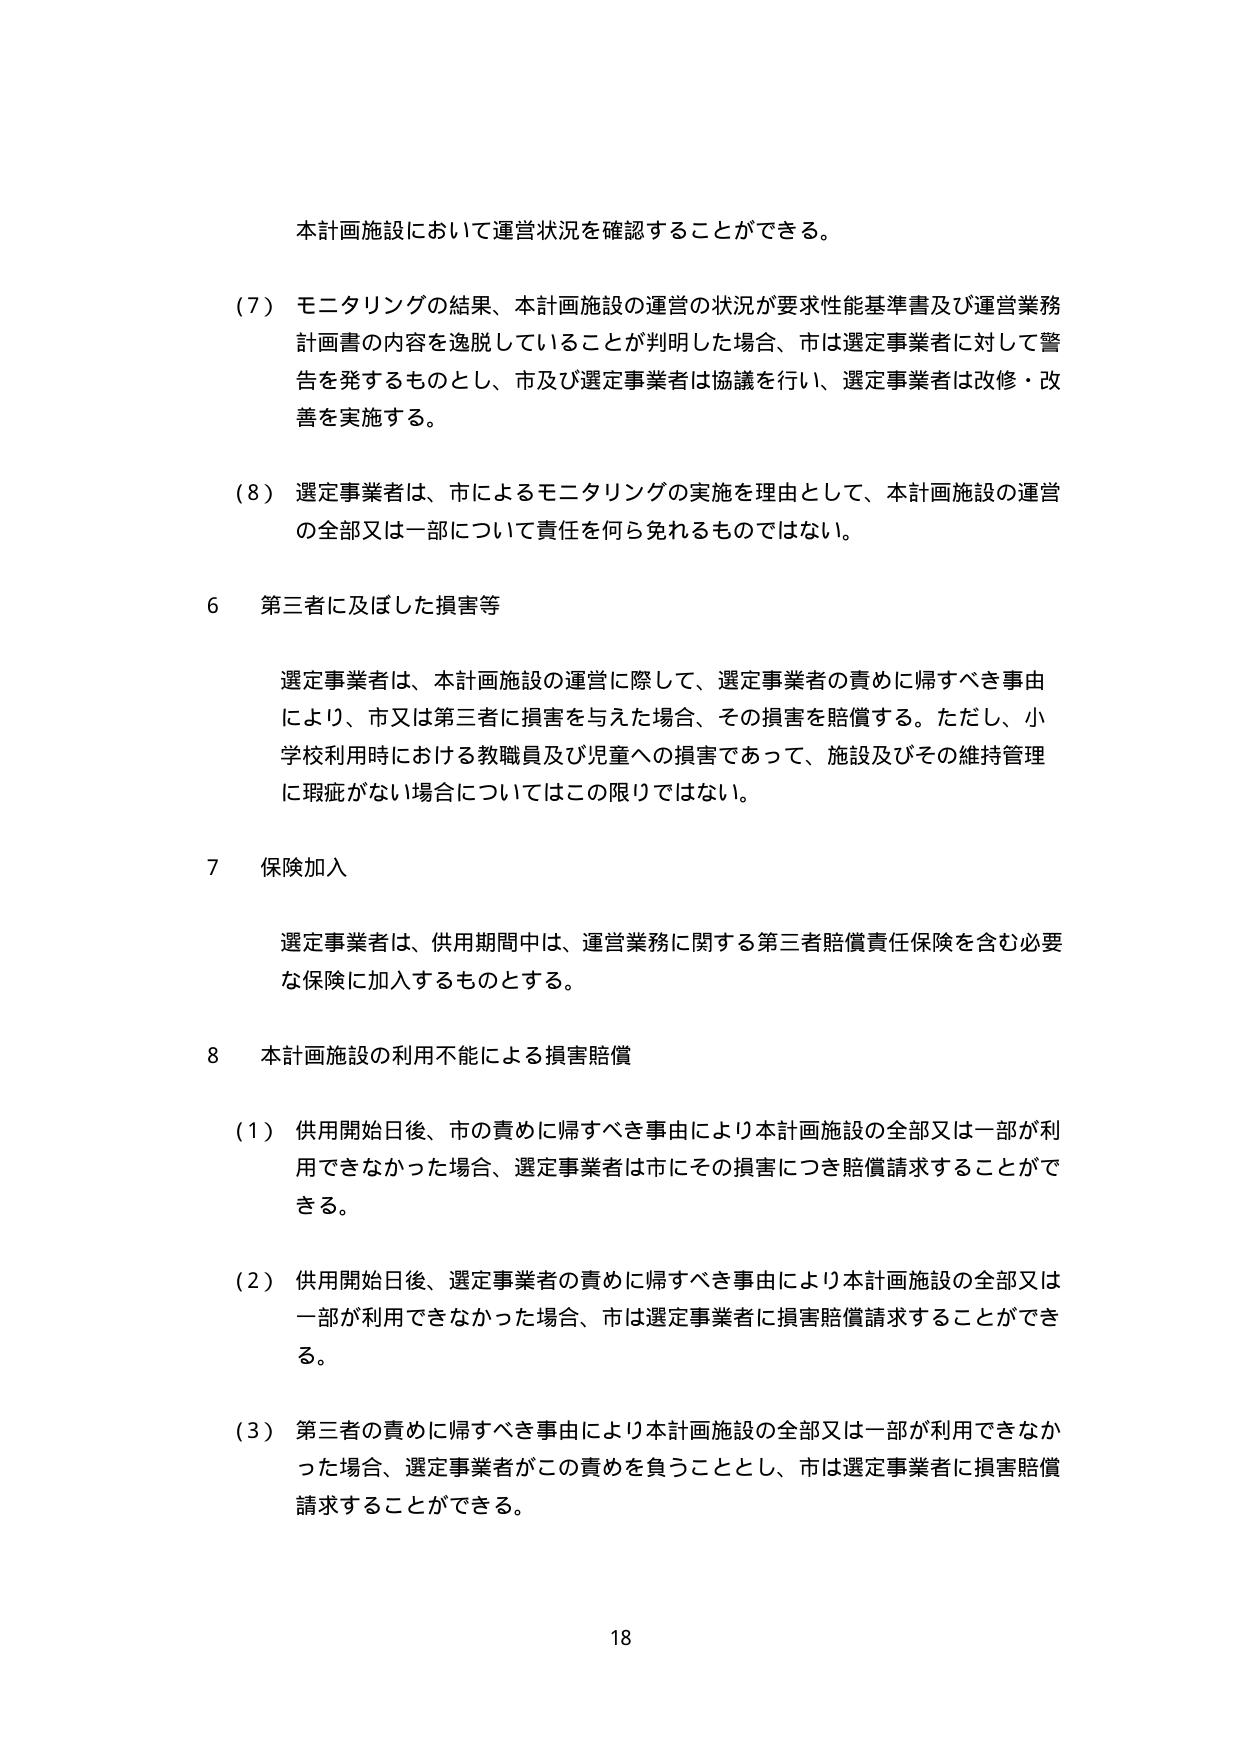
本計画施設において運営状況を確認することができる。

（7）モニタリングの結果、本計画施設の運営の状況が要求性能基準書及び運営業務計画書の内容を逸脱していることが判明した場合、市は選定事業者に対して警告を発するものとし、市及び選定事業者は協議を行い、選定事業者は改修・改善を実施する。

（8）選定事業者は、市によるモニタリングの実施を理由として、本計画施設の運営の全部又は一部について責任を何ら免れるものではない。

6 第三者に及ぼした損害等

選定事業者は、本計画施設の運営に際して、選定事業者の責めに帰すべき事由により、市又は第三者に損害を与えた場合、その損害を賠償する。ただし、小学校利用時における教職員及び児童への損害であって、施設及びその維持管理に瑕疵がない場合についてはこの限りではない。

7 保険加入

選定事業者は、供用期間中は、運営業務に関する第三者賠償責任保険を含む必要な保険に加入するものとする。

8 本計画施設の利用不能による損害賠償

（1）供用開始日後、市の責めに帰すべき事由により本計画施設の全部又は一部が利用できなかった場合、選定事業者は市にその損害につき賠償請求することができる。

（2）供用開始日後、選定事業者の責めに帰すべき事由により本計画施設の全部又は一部が利用できなかった場合、市は選定事業者に損害賠償請求することができる。

（3）第三者の責めに帰すべき事由により本計画施設の全部又は一部が利用できなかった場合、選定事業者がこの責めを負うこととし、市は選定事業者に損害賠償請求することができる。

18